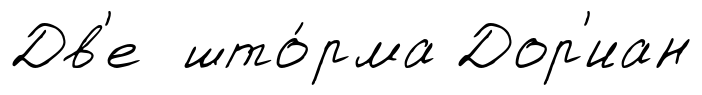
Дв'е што́рма Дор'иан